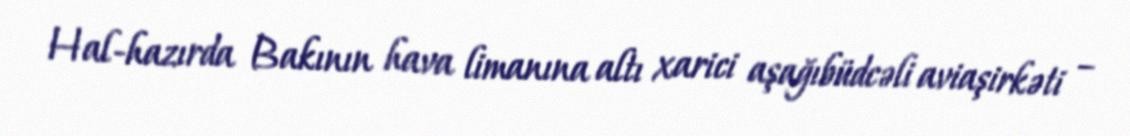
Hal-hazırda Bakının hava limanına altı xarici aşağıbüdcəli aviaşirkəti –